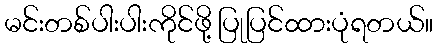
မင်းတစ်ပါးပါးကိုင်ဖို့ ပြုပြင်ထားပုံရတယ်။